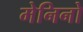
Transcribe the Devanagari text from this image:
मेनिनो